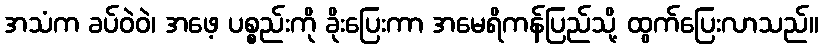
အသံက ခပ်ဝဲဝဲ၊ အဖေ့ ပစ္စည်းကို ခိုးပြေးကာ အမေရိကန်ပြည်သို့ ထွက်ပြေးလာသည်။